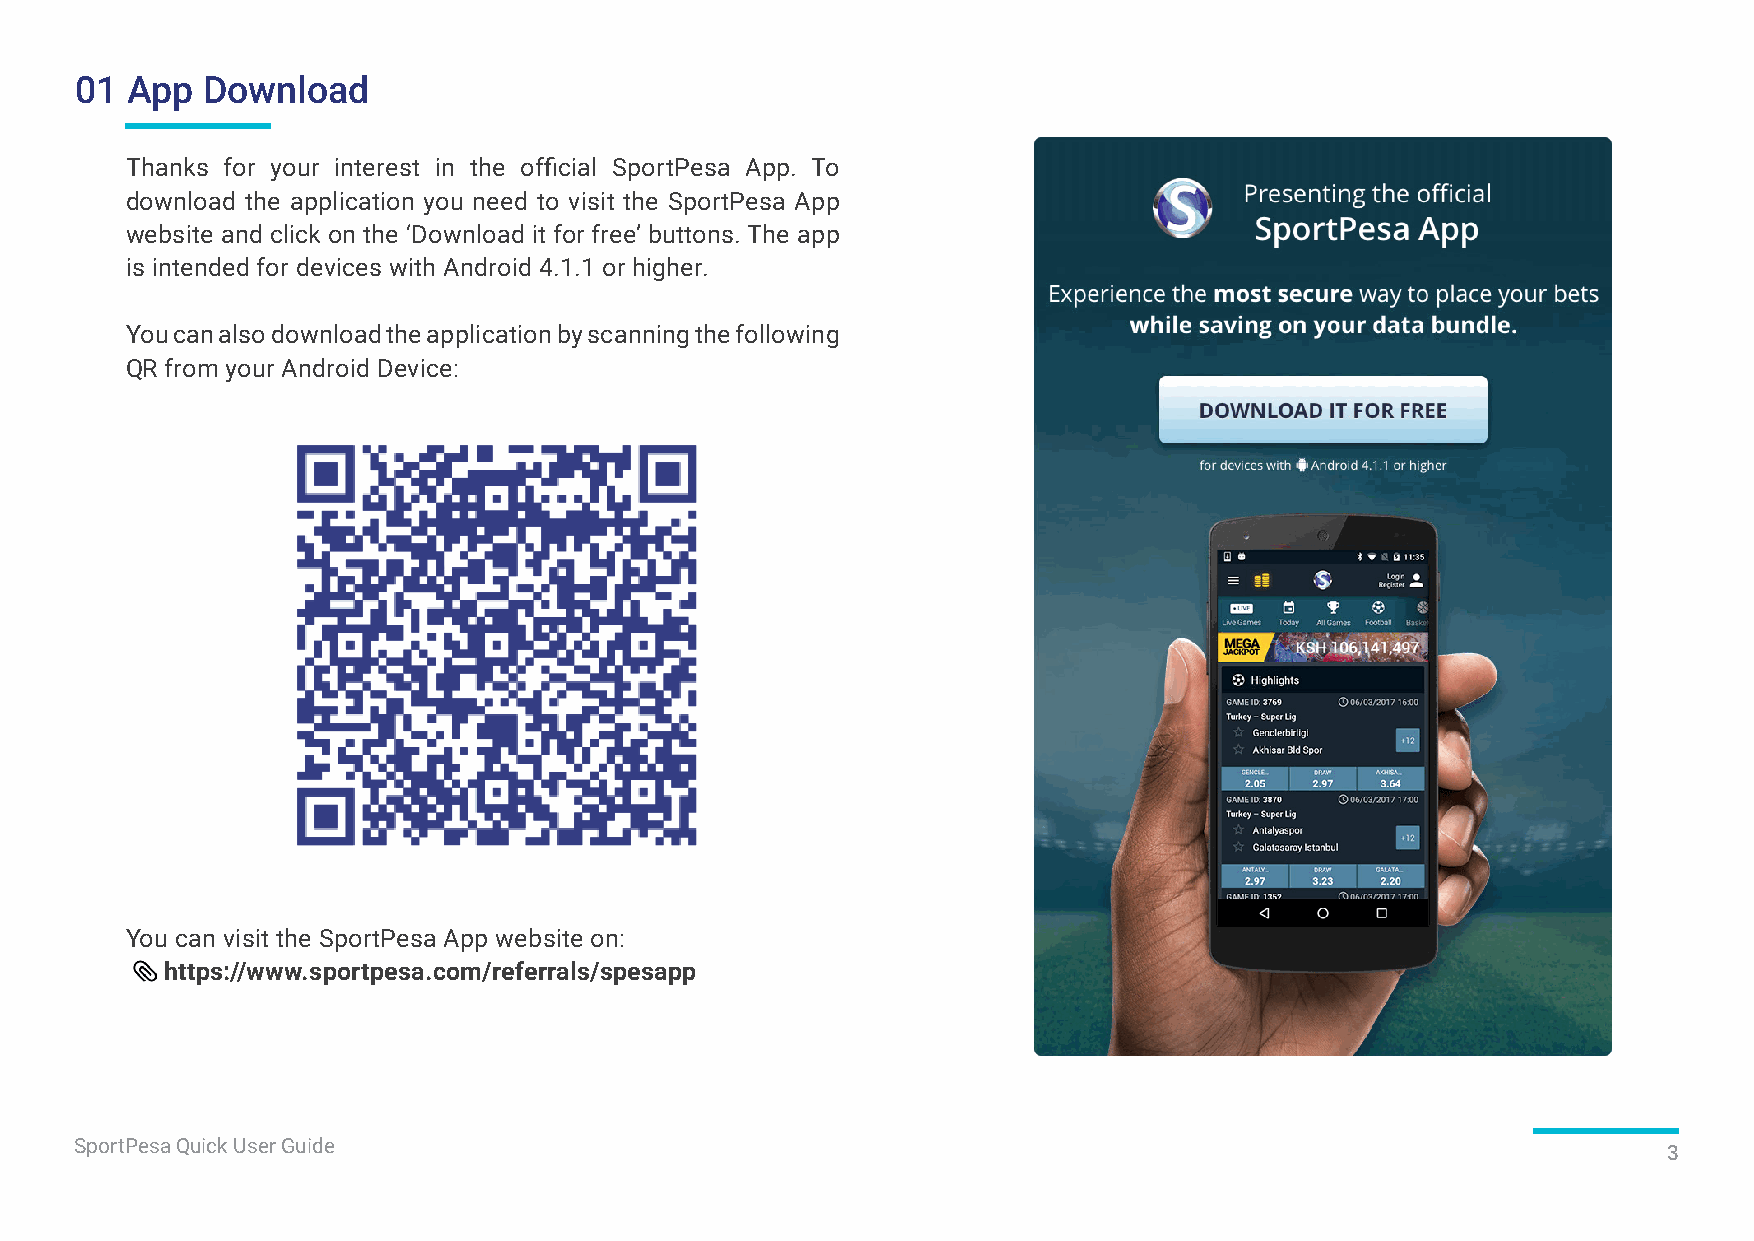
01 App  Download
 Thanks for your interest in the official SportPesa App. To
 download the application you need to visit the SportPesa App
 website and click on the ‘Download it for free’ buttons. The app
 is intended for devices with Android 4.1.1 or higher.
 You can also download the application by scanning the following
 QR from your Android Device:
 You can visit the SportPesa App website on:
 https://www.sportpesa.com/referrals/spesapp
 SportPesa Quick User Guide
 3